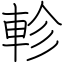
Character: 軫